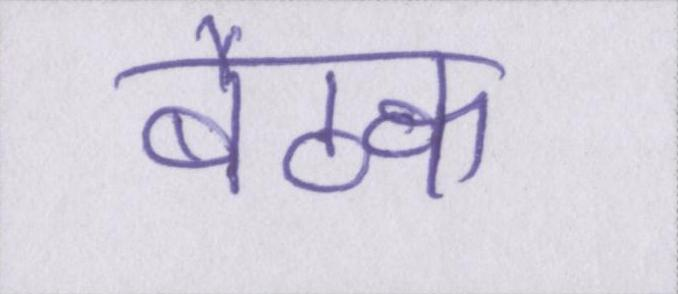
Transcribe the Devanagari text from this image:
बैठक